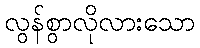
လွန်စွာလိုလားသော